Annual administration report of the Civil Veterinary Department of India - 1900-1901
Year: 1900
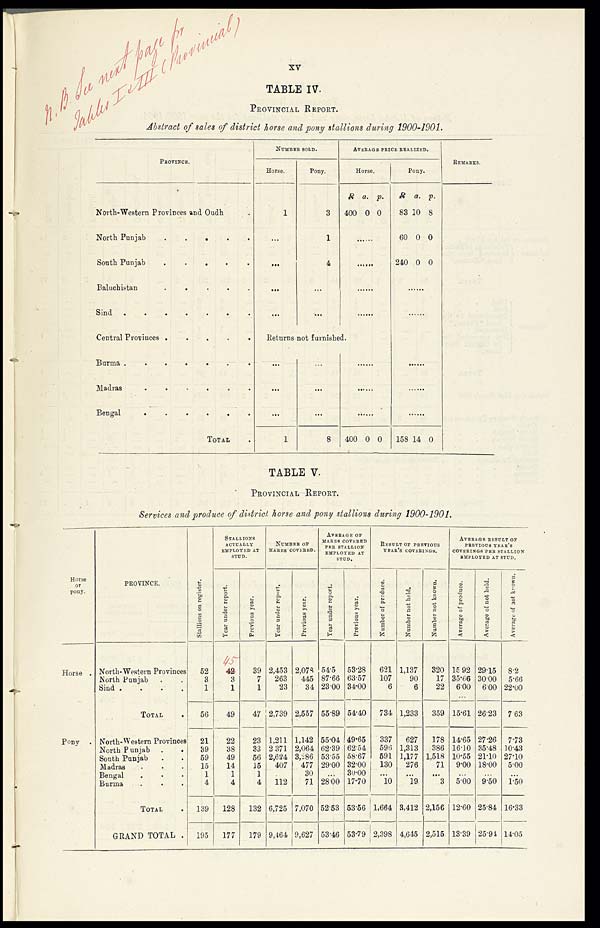
xv
TABLE IV.
PROVINCIAL REPORT.
Abstract of sales of district horse and pony stallions during 1900-1901.
PROVINCE.
North-Western Provinces and Oudh .
North Punjab
.
.
.
.
.
South Punjab
.
.
.
Baluchistan
.
.
.
.
.
Sind .
.
.
.
.
.
Central Provinces . .
.
.
.
Burma .
.
.
.
.
Madras
.
.
.
.
.
Bengal
.
.
.
.
.
.
TOTAL .
NUMBER SOLD.
Horse.
1
...
...
...
...
Pony.
3
1
4
...
...
AVERAGE PRICE REALIZED.
Horse.
R
400
a.
0
p.
0
.....
.....
.....
.....
Returns not furnished.
...
...
...
1
...
...
...
8
.....
.....
.....
400 0 0
Pony.
R
83
60
240
a.
10
0
0
p.
8
0
0
......
.....
.....
.....
.....
158 14 0
REMARKS.
TABLE V.
PROVINCIAL REPORT.
Services and produce of district horse and pony stallions during 1900-1901.
Horse
or
pony.
Horse .
Pony .
PROVINCE.
North-Western Provinces
North Punjab . .
Sind .
. . . .
TOTAL
North-Western Provinces
North Punjab .
.
South Punjab . .
Madras . . .
Bengal
. . .
Burma
.
.
.
TOTAL .
GRAND TOTAL .
Stallions on register.
52
3
1
56
21
39
59
15
1
4
139
195
STALLIONS
ACTUALLY
EMPLOYED AT
STUD.
Year
under report.
42
3
1
49
22
38
49
14
1
4
128
177
Previous year.
39
7
1
47
23
33
56
15
1
4
132
179
NUMBER
OF
MARES
COVERED.
Year
under report.
2,453
263
23
2,739
1,211
2 371
2,624
407
112
6,725
9,464
Previous year.
2,078
445
34
2,557
1,142
2,064
3,286
477
30
71
7,070
9,627
AVERAGE OF
MARES COVERED
PER STALLION
EMPLOYED AT
STUD.
Year
under report.
54.5
87.66
23 00
55.89
55.04
62.39
53.55
29.00
...
28.00
5253
53.46
Previous year.
53.28
63.57
34-00
54.40
49.65
62.54
58.67
32.00
30.00
17.70
53.56
53.79
RESULT OF PREVIOUS
YEAR'S
COVERINGS.
Number of produce.
621
107
6
734
337
596
591
130
...
10
1,664
2,398
Number not held.
1,137
90
6
1,233
627
1,313
1,177
276
...
19
3,412
4,645
Number not known.
320
17
22
359
178
386
1,518
71
...
3
2,156
2,515
AVERAFE RESULT OF
PREVIOUS YEAR'S
COVERINGS PER STALLION
EMPLOYED AT STUD.
Average of produce.
15 92
35.66
6.00
15.61
14.65
16.10
10.55
9.00
...
5.00
12.60
13.39
Average of not held.
29.15
30.00
6.00
26.23
27.26
35.48
21.10
18.00
...
9.50
25.84
25.94
Average
of not known.
8.2
5.66
22.00
7.63
7.73
10.43
27.10
5.00
...
1.50
16.33
14.05